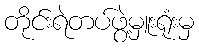
တိုင်းရဲတပ်ဖွဲ့မှူးရုံးမှ